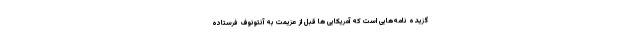
گزیده نامه‌هایی است که آمریکایی ها قبل از عزیمت به آنتونوف فرستاده